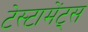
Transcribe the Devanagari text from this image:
टेस्टामेंट्स